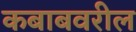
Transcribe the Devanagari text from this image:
कबाबवरील